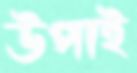
উপাই